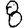
Digit: 8